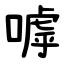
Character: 嘑